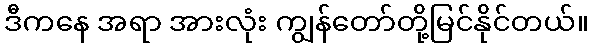
ဒီကနေ အရာ အားလုံး ကျွန်တော်တို့မြင်နိုင်တယ်။